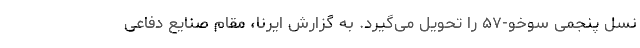
نسل پنجمی سوخو-۵۷ را تحویل می‌گیرد. به گزارش ایرنا، مقام صنایع دفاعی